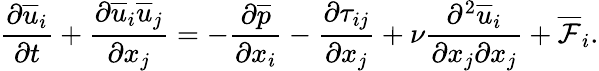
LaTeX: \frac{\partial\overline{{u}}_{i}}{\partial t}+\frac{\partial\overline{{u}}_{i}\overline{{u}}_{j}}{\partial x_{j}}=-\frac{\partial\overline{{p}}}{\partial x_{i}}-\frac{\partial\tau_{ij}}{\partial x_{j}}+\nu\frac{\partial^{2}\overline{{u}}_{i}}{\partial x_{j}\partial x_{j}}+\overline{{\mathcal{F}}}_{i}.